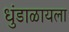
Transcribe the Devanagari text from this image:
धुंडाळायला